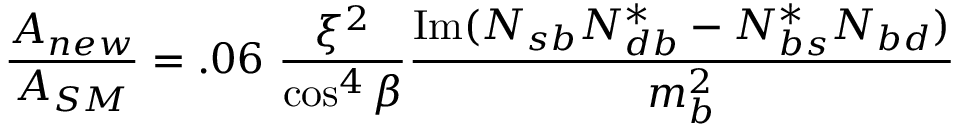
{ \frac { { \cal A } _ { n e w } } { { \cal A } _ { S M } } } = . 0 6 \ { \frac { \xi ^ { 2 } } { \cos ^ { 4 } \beta } } { \frac { \mathrm { I m } ( N _ { s b } N _ { d b } ^ { * } - N _ { b s } ^ { * } N _ { b d } ) } { m _ { b } ^ { 2 } } }